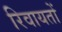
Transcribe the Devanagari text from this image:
रिवायतों